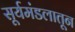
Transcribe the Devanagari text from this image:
सूर्यमंडलातून